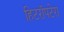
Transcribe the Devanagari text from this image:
हिटरॉपटेरा